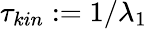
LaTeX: \tau_{kin}:=1/\lambda_{1}